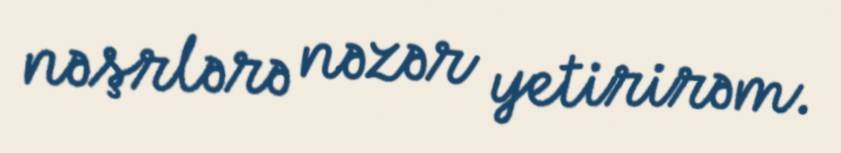
nəşrlərə nəzər yetirirəm.